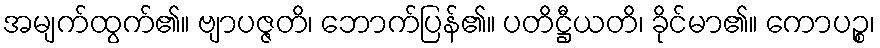
အမျက်ထွက်၏။ ဗျာပဇ္ဇတိ၊ ဘောက်ပြန်၏။ ပတိဋ္ဌီယတိ၊ ခိုင်မာ၏။ ကောပဉ္စ၊